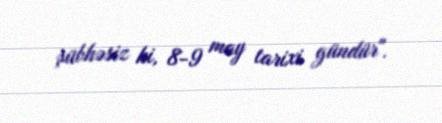
şübhəsiz ki, 8-9 may tarixi gündür".